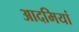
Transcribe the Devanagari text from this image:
आदमियां